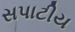
સપાટીય